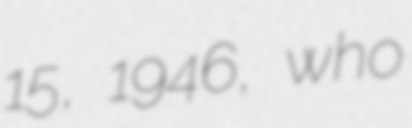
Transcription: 15, 1946, who